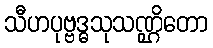
သီဟပုဗ္ဗဒ္ဓသုသဏ္ဌိတော